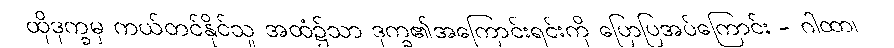
ထိုဒုက္ခမှ ကယ်တင်နိုင်သူ အထံ၌သာ ဒုက္ခ၏အကြောင်းရင်းကို ပြောပြအပ်ကြောင်း - ဂါထာ၊